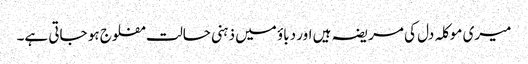
میری موکلہ دل کی مریضہ ہیں اور دباؤ میں ذہنی حالت مفلوج ہو جاتی ہے۔